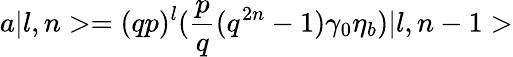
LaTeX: a\vert l,n>=(qp)^{l}({\frac{p}{q}}(q^{2n}-1)\gamma_{0}\eta_{b})\vert l,n-1>